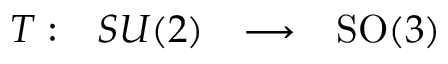
\begin{array} { l r c l } { T : } & { S U ( 2 ) } & { \longrightarrow } & { \mathrm { S O } ( 3 ) } \end{array}